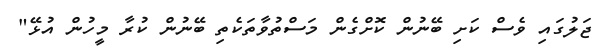
ޖަލުގައި ވެސް ކަށި ބޭނުން ކޮށްގެން މަސްތުވާތަކެތި ބޭނުން ކުރާ މީހުން އުޅޭ"